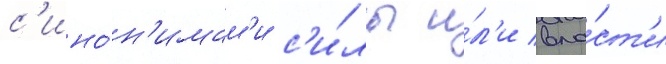
с'ино́н'имам'и с'и́лы и́л'и вла́ст'и